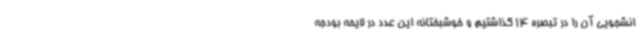
انشجویی آن را در تبصره 14 گذاشتیم و خوشبختانه این عدد در لایحه بودجه